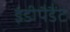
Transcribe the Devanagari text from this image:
इंडीपैडैंट